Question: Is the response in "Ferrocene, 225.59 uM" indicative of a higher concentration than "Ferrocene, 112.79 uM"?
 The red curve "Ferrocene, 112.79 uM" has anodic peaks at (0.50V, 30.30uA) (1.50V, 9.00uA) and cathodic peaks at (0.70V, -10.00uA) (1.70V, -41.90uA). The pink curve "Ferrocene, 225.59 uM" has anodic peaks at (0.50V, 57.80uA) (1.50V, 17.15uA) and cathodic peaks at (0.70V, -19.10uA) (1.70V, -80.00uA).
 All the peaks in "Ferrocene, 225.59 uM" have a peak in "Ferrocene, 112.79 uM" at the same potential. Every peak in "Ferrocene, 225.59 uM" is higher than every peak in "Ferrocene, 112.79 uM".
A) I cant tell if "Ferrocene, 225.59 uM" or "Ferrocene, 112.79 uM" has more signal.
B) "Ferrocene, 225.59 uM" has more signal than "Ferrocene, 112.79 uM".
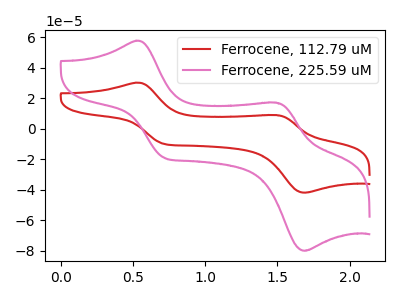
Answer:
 <answer>B) "Ferrocene, 225.59 uM" has more signal than "Ferrocene, 112.79 uM".</answer>
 <eval>B</eval>